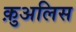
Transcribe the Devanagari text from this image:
क़ुअलिस